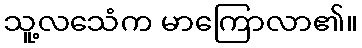
သူ့လသေံက မာကြောလာ၏။